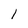
Character: 1